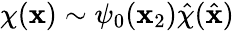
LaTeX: \chi(\mathbf{x})\sim\psi_{0}(\mathbf{x}_{2}){\hat{{\chi}}}({\hat{{\mathbf{x}}}})